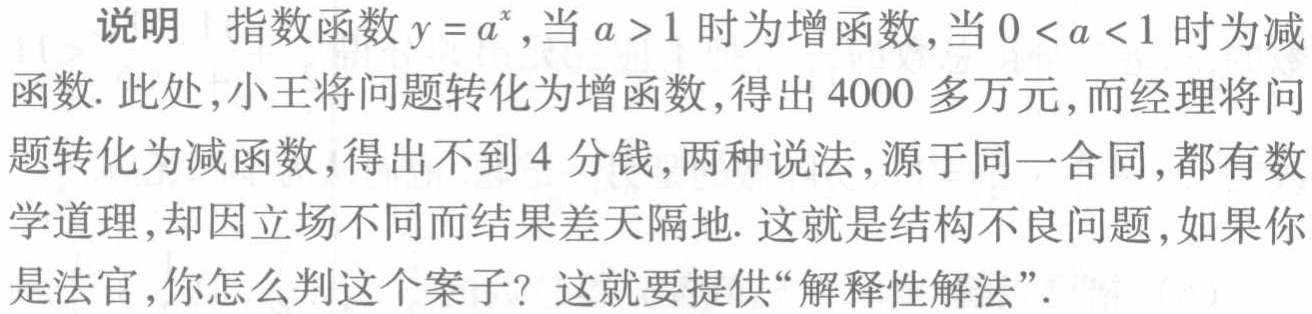
说明 指数函数\(y = a^{x}\)，当\(a > 1\)时为增函数，当\(0 < a < 1\)时为减函数. 此处，小王将问题转化为增函数，得出\(4000\)多万元，而经理将问题转化为减函数，得出不到\(4\)分钱，两种说法，源于同一合同，都有数学道理，却因立场不同而结果差天隔地. 这就是结构不良问题，如果你是法官，你怎么判这个案子？这就要提供“解释性解法”.